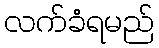
လက်ခံရမည်